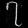
Digit: ၇